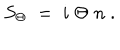
LaTeX: S _ { \Theta } \; = \; i \; \Theta \; n \; .